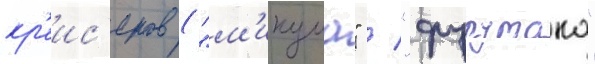
кр'еис'еров ("м'икума" / "фурутака"